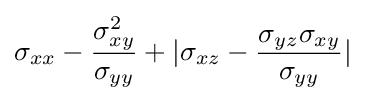
\sigma _{xx}-{\frac {\sigma _{xy}^{2}}{\sigma _{yy}}}+|\sigma _{xz}-{\frac {\sigma _{yz}\sigma _{xy}}{\sigma _{yy}}}|